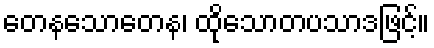
တေနသောတေန၊ ထိုသောတပသာဒဖြင့်။